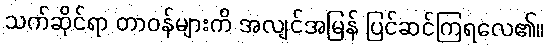
သက်ဆိုင်ရာ တာဝန်များကိ အလျင်အမြန် ပြင်ဆင်ကြရလေ၏။